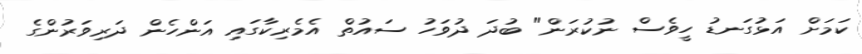
ކަމަށް އަޅުގަނޑު ހީވެސް ނުކުރަން" ބުދަ ދުވަހު ސައުތް އެމެރިކާގައި އަންހެން ދަރިވަރުންގެ